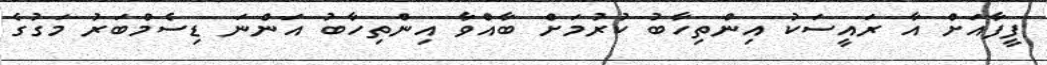
ފީފާއަށް އާ ރައީސަކު އިންތިހާބު ކުރުމަށް ބާއްވާ އިންތިހާބު އަންނަ ޑިސެމްބަރު މަގުގެ